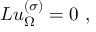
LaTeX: L u _ { \Omega } ^ { ( \sigma ) } = 0 \ ,